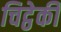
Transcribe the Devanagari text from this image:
चिट्ठेकी